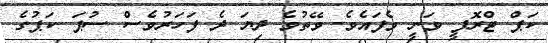
ކަޕް ޓްރޮފީ ވަނީ ވެފައެވެ. ވޭތުވެ ދިޔަ ދެ ފަހަރުވެސް ސުޕަ ކަޕުގެ